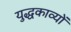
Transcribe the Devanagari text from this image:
युद्धकाव्यों